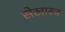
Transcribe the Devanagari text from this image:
सेखारज